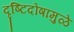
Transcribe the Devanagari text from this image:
दृष्टिदोषामुळे